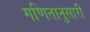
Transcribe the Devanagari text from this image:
गणितानुसारी